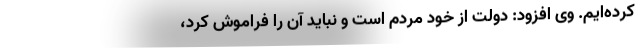
کرده‌ایم. وی افزود: دولت از خود مردم است و نباید آن را فراموش کرد،